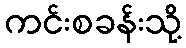
ကင်းစခန်းသို့